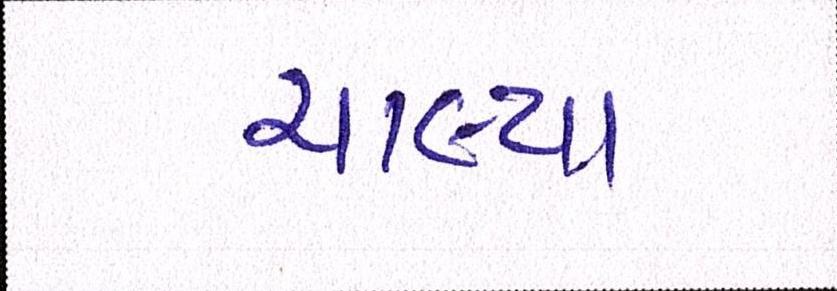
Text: ચાલ્યા